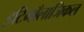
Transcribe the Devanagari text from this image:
इटिमाँलाजिकल